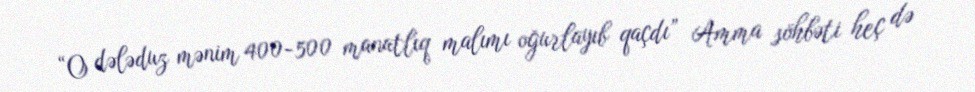
“O dələduz mənim 400-500 manatlıq malımı oğurlayıb qaçdı” Amma söhbəti heç də